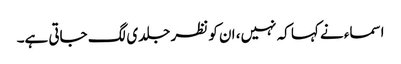
اسماء نے کہا کہ نہیں، ان کو نظر جلدی لگ جاتی ہے۔